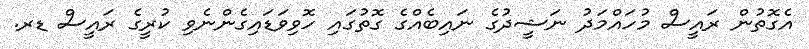
އެގޮތުން ރައީސް މުހައްމަދު ނަޝީދުގެ ނައިބެއްގެ ގޮތުގައި ހޮވިވަޑައިގެންނެވި ކުރީގެ ރައީސް ޑރ.